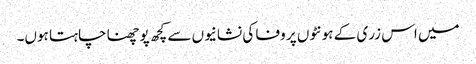
میں اس زری کے ہونٹوں پر وفا کی نشانیوں سے کچھ پوچھنا چاہتا ہوں۔